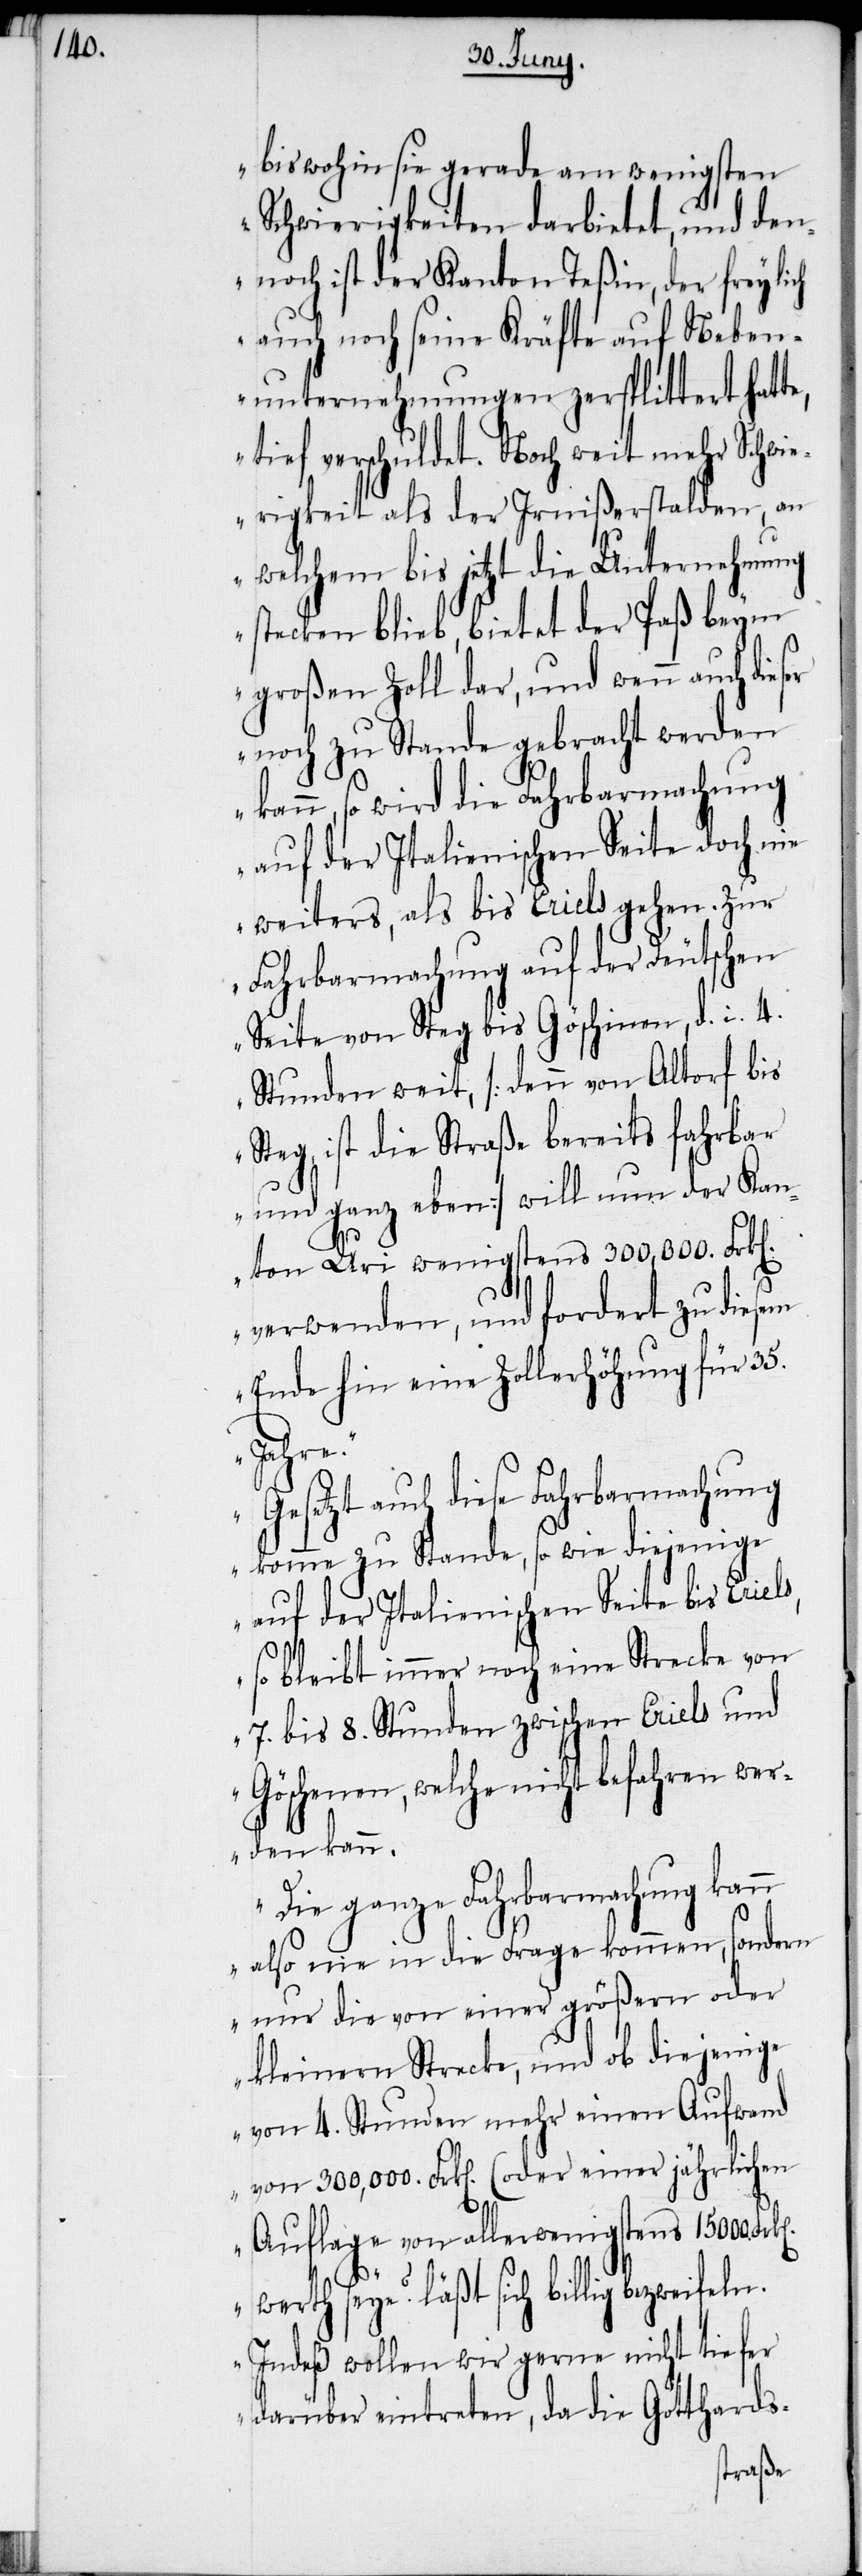
n].

bis wohin sie gerade am wenigsten
Schwierigkeiten darbietet, und den¬
noch ist der Kanton Teßin, der freylich
auch noch seine Kräfte auf Neben¬
unternehmungen zersplittert hatte,
tief verschuldet. Noch weit mehr Schwi¬
erigkeit als der Irnißerstalden, an
welchem bis jetzt die Unternehmung
stecken blieb, bietet der Paß beym
großen Zoll dar, und wenn auch dies¬
er noch zu Stande gebracht werden
kann, so wird die Fahrbarmachung
auf der Italienischen Seite doch nie
weiters, als bis Eriels gehen. Zur
Fahrbarmachung auf der Deutschen
Seite von Steg bis Göschinen, d. i. 4.
Stunden weit, [denn von Altorf bis
Steg ist die Straße bereits fahrbar
und ganz eben] will nun der Kan¬
ton Uri wenigstens 300,000. Frk[e¬
verwenden, und fordert zu diesem
Ende hin eine Zollerhöhung für 35.
Jahre.“
„Gesetzt auch diese Fahrbarmachung
komme zu Stande, so wie diejenige
auf der Italienischen Seite bis Eriels,
so bleibt immer noch eine Strecke von
7. bis 8. Stunden zwischen Eriels und
Göschenen, welche nicht befahren wer¬
den kann.
Die ganze Fahrbarmachung kann
also nie in die Frage kommen, sondern
nur die von einer größern oder
kleinen Strecke, und ob diejenige
von 4. Stunden mehr einen Aufwand
von 300,000. Frk[en]. (oder einer jährlichen
ln.
Auflage von allerwenigstens 15000.
werth seye? läßt sich billig bezweife¬
Indeß wollen wir gerne nicht tiefer
darüber eintreten, da die Gotthards-